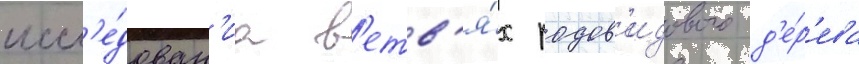
иссл'е́дован'иа в'етв'я́х родов'идового д'е́р'ева